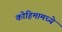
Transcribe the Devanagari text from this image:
कोहिमामध्ये